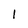
Character: I